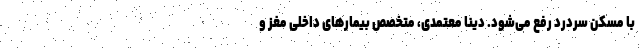
با مسکن سردرد رفع می‌شود. دینا معتمدی، متخصص بیمارهای داخلی مغز و